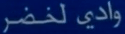
وادي لخضر